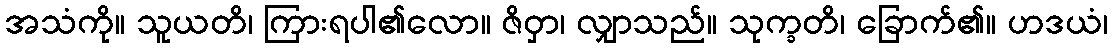
အသံကို။ သူယတိ၊ ကြားရပါ၏လော။ ဇိဝှာ၊ လျှာသည်။ သုက္ခတိ၊ ခြောက်၏။ ဟဒယံ၊